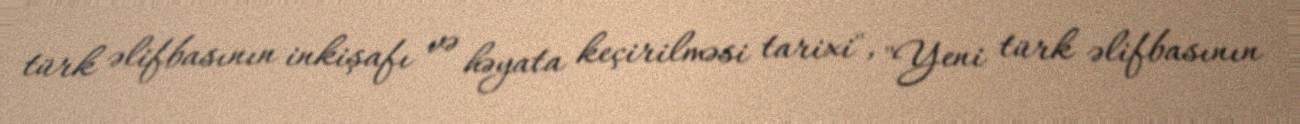
türk əlifbasının inkişafı və həyata keçirilməsi tarixi", "Yeni türk əlifbasının